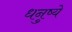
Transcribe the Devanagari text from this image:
धनुष्ये